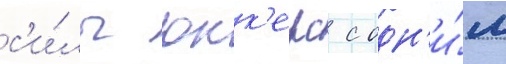
с'и́лы юнк'ерс с одн'и́м